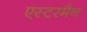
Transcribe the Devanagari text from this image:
एस्टरमैन